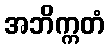
အဘိက္ကတံ